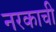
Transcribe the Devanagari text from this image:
नरकाची